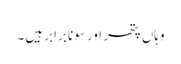
وہاں پتھر اور سونا برابر ہیں۔